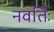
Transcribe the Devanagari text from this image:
नवतिः